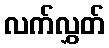
လက်လွှတ်